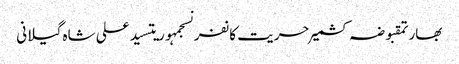
بھارتمقبوضہ کشمیرحریت کانفرنسجمہوریتسید علی شاہ گیلانی